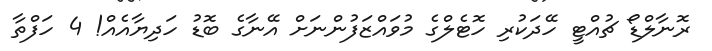
ރޮނާލްޑޯ ޗުއްޓީ ހޭދަކުރި ހޮޓެލްގެ މުވައްޒަފުންނަށް އޭނާގެ ބޮޑު ހަދިޔާއެއް! 4 ހަފްތާ